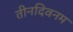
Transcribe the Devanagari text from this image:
तीनदिवनम